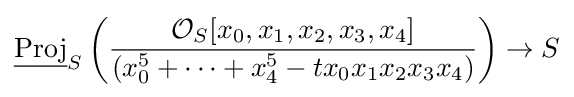
{\underline {\operatorname {Proj} }}_{S}\left({\frac {{\mathcal {O}}_{S}[x_{0},x_{1},x_{2},x_{3},x_{4}]}{\left(x_{0}^{5}+\cdots +x_{4}^{5}-tx_{0}x_{1}x_{2}x_{3}x_{4}\right)}}\right)\to S